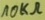
Text: 10KΩ